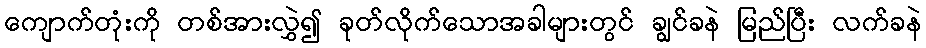
ကျောက်တုံးကို တစ်အားလွှဲ၍ ခုတ်လိုက်သောအခါများတွင် ချွင်ခနဲ မြည်ပြီး လက်ခနဲ